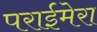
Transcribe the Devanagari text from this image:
पराईमेरा